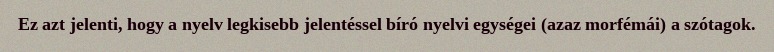
Ez azt jelenti, hogy a nyelv legkisebb jelentéssel bíró nyelvi egységei (azaz morfémái) a szótagok.